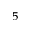
^ { \, 5 }